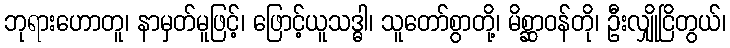
ဘုရားဟောတူ၊ နာမှတ်မူဖြင့်၊ ဖြောင့်ယူသဒ္ဓါ၊ သူတော်စွာတို့၊ မိစ္ဆာဝန်တို၊ ဦးလျှိုငြိတွယ်၊